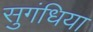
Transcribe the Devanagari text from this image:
सुगंधिया